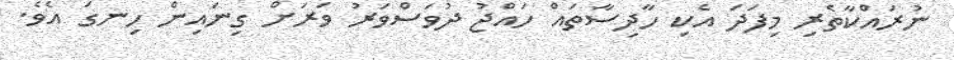
ނުރައްކާތެރި މިފަދަ އެކި ހާދިސާތައް ހައްޖު ދުވަސްވަރު ވަރަށް ގިނައިން ހިނގަ އެވެ.